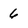
Character: 6